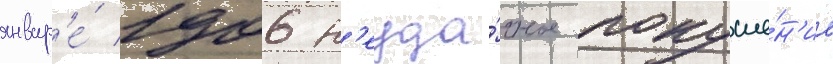
январ'е́ 1906 н'еуда́чное покуше́н'ие